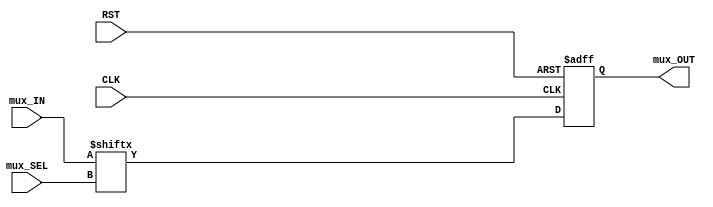
module mux #(parameter SEL_WIDTH = 2) (
	input   wire 								CLK,
 	input   wire 								RST,
	input 	wire	[2**SEL_WIDTH - 1 : 0] 		mux_IN,
	input 	wire	[SEL_WIDTH - 1 : 0] 		mux_SEL,
	output 	reg									mux_OUT
	);

	wire [SEL_WIDTH - 1 : 0] mux_OUT_next;

	assign mux_OUT_next = mux_IN[mux_SEL];
	/*
	always @ (*)
		begin
			case (mux_SEL)
				'd0 : 	begin
							mux_OUT_next = mux_IN[0];
						end
				'd1 : 	begin
							mux_OUT_next = mux_IN[1];
						end
				'd2 : 	begin
							mux_OUT_next = mux_IN[2];
						end
				'd3 : 	begin
							mux_OUT_next = mux_IN[3];
						end
				default : 	begin
							mux_OUT_next = 1'b0	;
						end
			endcase
		end
	*/
	
	//register mux output
	always @ (negedge RST or posedge CLK)
		begin
			if (!RST)
				begin
					mux_OUT <= 'b0 ;
				end
			else
				begin
					mux_OUT <= mux_OUT_next ;
				end 
		end 

endmodule